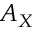
A _ { X }